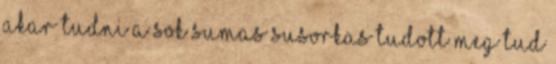
akar tudni a sok sumas susorkas tudott meg tud